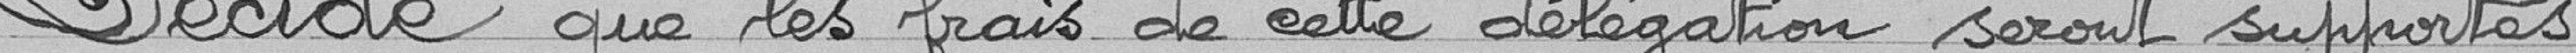
Décide que les frais de cette délégation seront supportés